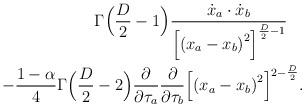
LaTeX: \begin{align*}\Gamma\Bigl({D\over 2}-1\Bigr){{\dot x_a\cdot\dot x_b\over{\Bigl[{(x_a - x_b)}^2\Bigr]}^{{D\over 2}-1}}\quad}\\-{1-\alpha\over 4}\Gamma\Bigl({{D\over 2}-2}\Bigr){\partial\over\partial\tau_a}{\partial\over\partial\tau_b}{\Bigl[{(x_a-x_b)}^2\Bigr]}^{2-{D\over2}}.\end{align*}